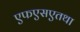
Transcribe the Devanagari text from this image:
एफएसएतथा